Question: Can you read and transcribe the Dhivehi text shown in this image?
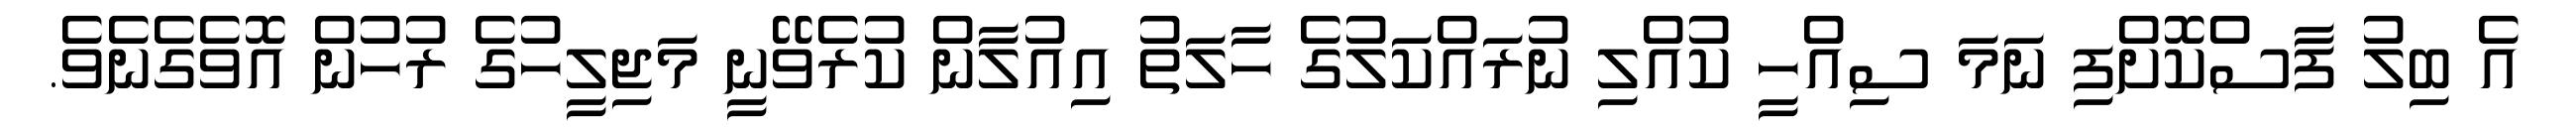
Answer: އެ ބިލު ފާސްކޮށްފި ނަމަ ސިއްހީ ކުއްލި ނުރައްކަލުގެ ހާލަތު އިއުލާން ކުރެވޭނީ މަޖިލީހުގެ ރުހުން އޮވެގެނެވެ.